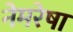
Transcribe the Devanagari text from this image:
नेमरेषा